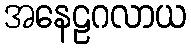
အနေဠဂလာယ